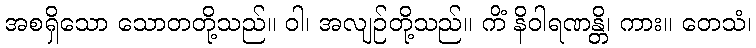
အစရှိသော သောတတို့သည်။ ဝါ၊ အလျဉ်တို့သည်။ ကိံ နိဝါရဏန္တိ၊ ကား။ တေသံ၊